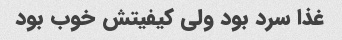
غذا سرد بود ولی کیفیتش خوب بود